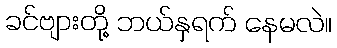
ခင်ဗျားတို့ ဘယ်နှရက် နေမလဲ။